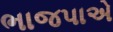
ભાજપાએ